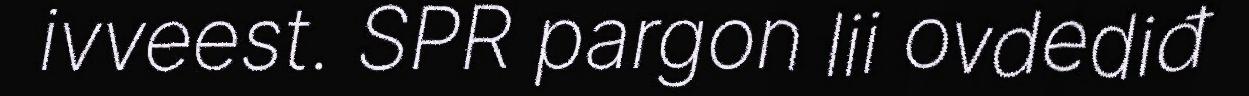
ivveest. SPR pargon lii ovdediđ